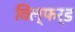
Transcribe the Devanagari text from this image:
विल्फर्ड